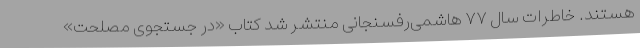
هستند. خاطرات سال ۷۷ هاشمی‌رفسنجانی منتشر شد کتاب «در جستجوی مصلحت»